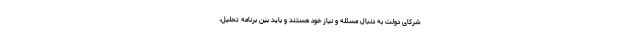
شرکای دولت به دنبال مسئله و نیاز خود هستند و باید بین برنامه تحلیل،